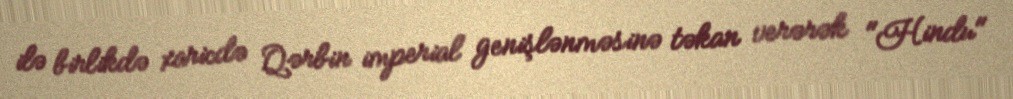
ilə birlikdə xaricdə Qərbin imperial genişlənməsinə təkan verərək "Hindu"